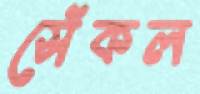
সেঁকল